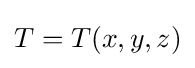
T=T(x,y,z)